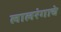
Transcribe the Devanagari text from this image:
लालरंगाचे